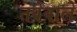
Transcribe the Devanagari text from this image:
तवेवाले